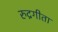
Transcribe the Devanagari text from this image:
रुद्रगीता